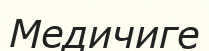
Медичиге